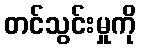
တင်သွင်းမှုကို